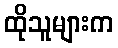
ထိုသူများက